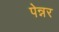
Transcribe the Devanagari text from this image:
पेन्नर